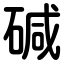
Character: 碱